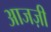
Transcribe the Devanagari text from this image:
आजज़ी